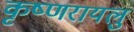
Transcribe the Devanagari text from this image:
कृष्णरायलु